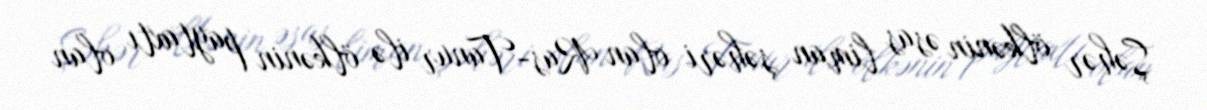
Şəhər ölkənin əsas liman şəhəri olan Ras-Tanur ilə ölkənin paytaxtı olan